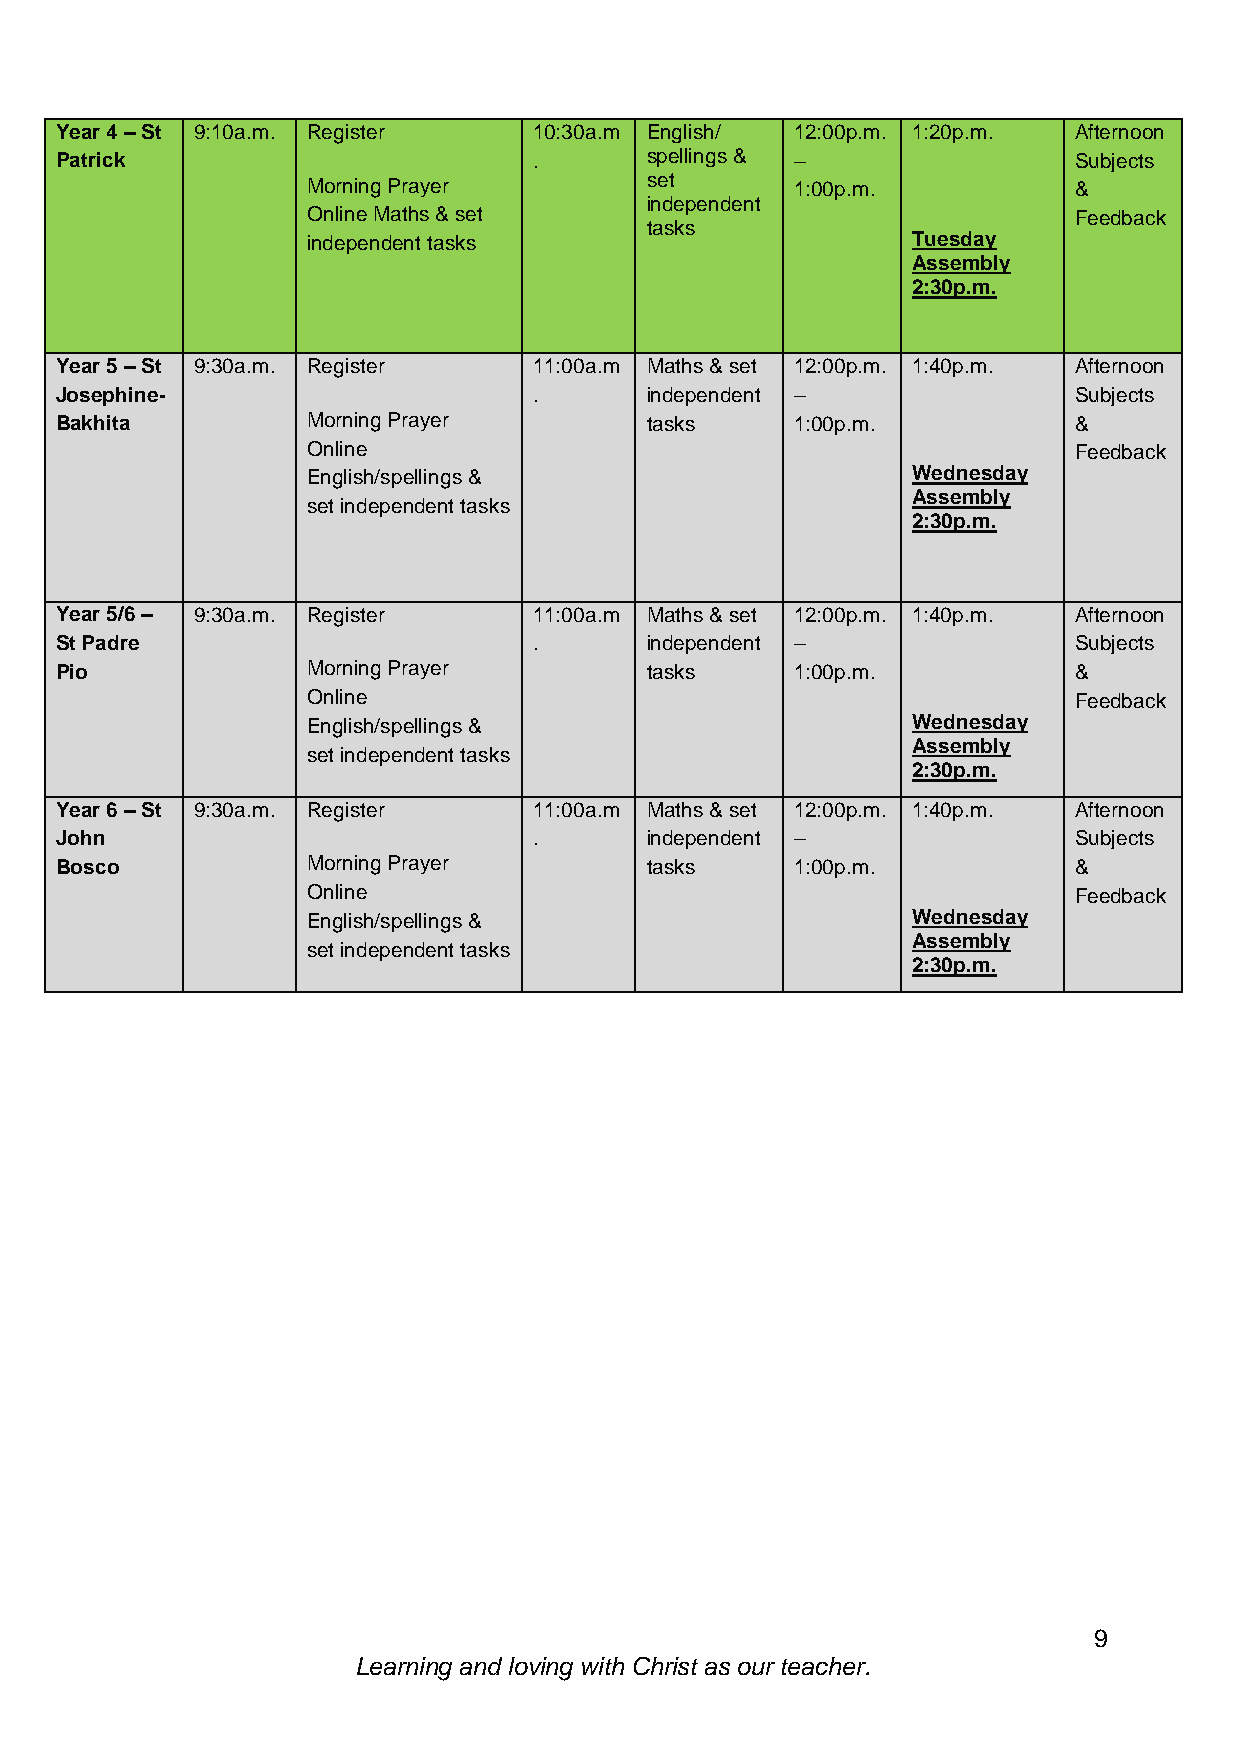
Year 4 – St 9:10a.m. Register  10:30a.m English/ 12:00p.m. 1:20p.m. Afternoon
 Patrick                        .       spellings & –               Subjects
 Morning Prayer         set       1:00p.m.          &
 independent
 Online Maths & set                                 Feedback
 tasks
 independent tasks                       Tuesday
 Assembly
 2:30p.m.
 Year 5 – St 9:30a.m. Register  11:00a.m Maths & set 12:00p.m. 1:40p.m. Afternoon
 Josephine-                     .       independent –               Subjects
 Bakhita         Morning Prayer         tasks     1:00p.m.          &
 Online                                             Feedback
 English/spellings &                     Wednesday
 Assembly
 set independent tasks
 2:30p.m.
 Year 5/6 – 9:30a.m. Register   11:00a.m Maths & set 12:00p.m. 1:40p.m. Afternoon
 St Padre                       .       independent –               Subjects
 Pio             Morning Prayer         tasks     1:00p.m.          &
 Online                                             Feedback
 English/spellings &                     Wednesday
 Assembly
 set independent tasks
 2:30p.m.
 Year 6 – St 9:30a.m. Register  11:00a.m Maths & set 12:00p.m. 1:40p.m. Afternoon
 John                           .       independent –               Subjects
 Bosco           Morning Prayer         tasks     1:00p.m.          &
 Online                                             Feedback
 English/spellings &                     Wednesday
 Assembly
 set independent tasks
 2:30p.m.
 9
 Learning and loving with Christ as our teacher.